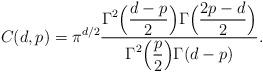
LaTeX: \begin{align*}C(d,p)=\pi^{d/2}{\displaystyle \Gamma^2\Big({d-p\over 2}\Big)\Gamma\Big({2p-d\over 2}\Big)\over\displaystyle \Gamma^2\Big({p\over2}\Big)\Gamma(d-p)}.\end{align*}